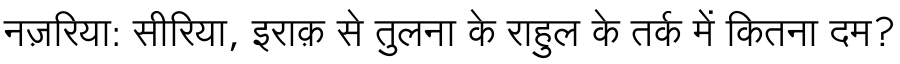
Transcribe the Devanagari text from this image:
नज़रिया: सीरिया, इराक़ से तुलना के राहुल के तर्क में कितना दम?